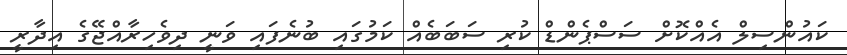
ކައުންސިލް އެއްކޮށް ސަސްޕެންޑް ކުރި ސަބަބެއް ކަމުގައި ބުނެފައި ވަނީ ދިވެހިރާއްޖޭގެ އިދާރީ